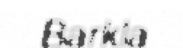
Barkla